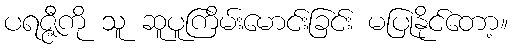
ပရဇ္ဇီကို သူ ဆူပူကြိမ်းမောင်းခြင်း မပြုနိုင်တော့။